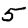
Digit: 5